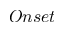
O n s e t